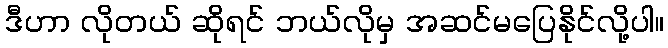
ဒီဟာ လိုတယ် ဆိုရင် ဘယ်လိုမှ အဆင်မပြေနိုင်လို့ပါ။